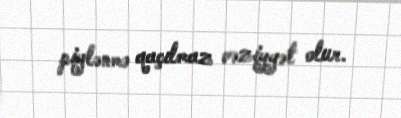
piylənmə qaçılmaz vəziyyət olur.